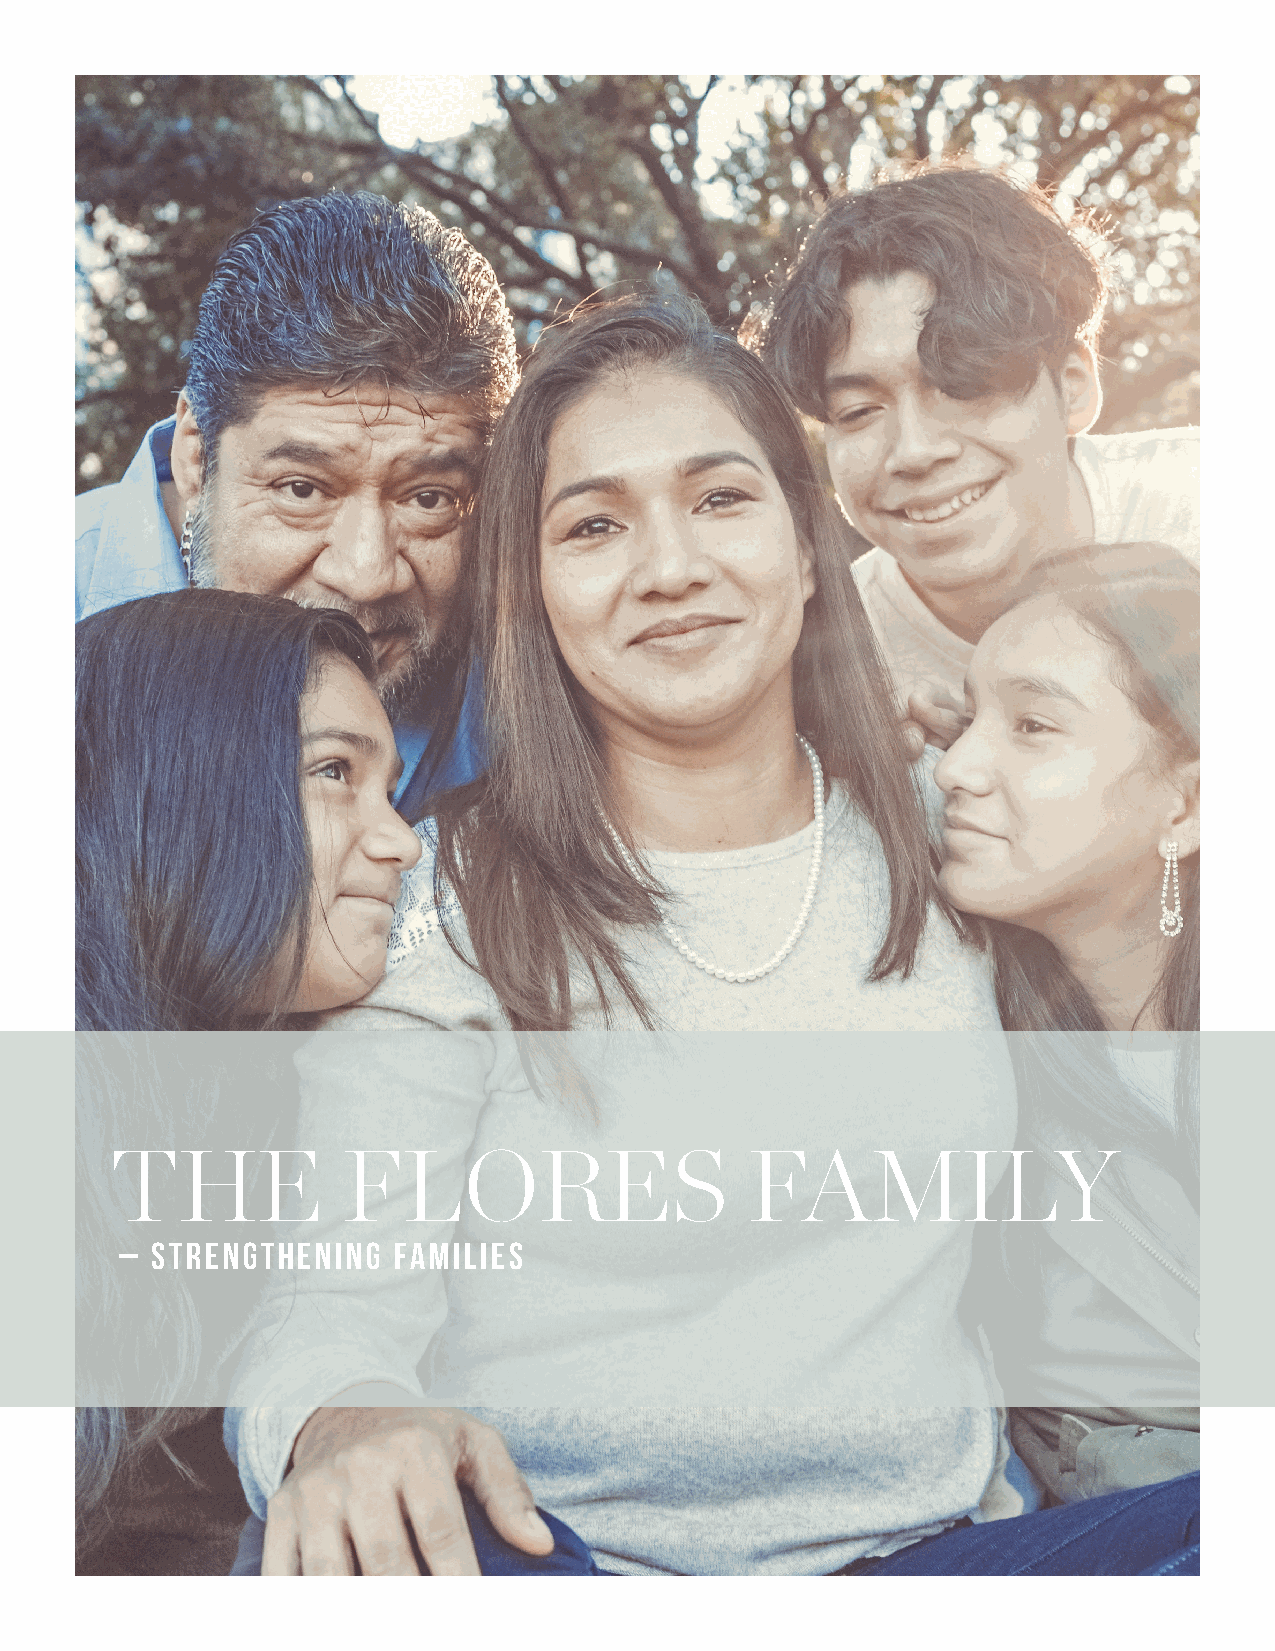
THE             FLORES                     FAMILY
 – strengthening   Families